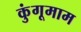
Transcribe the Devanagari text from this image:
कुंगूमाम